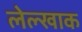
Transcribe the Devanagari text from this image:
लेल्खाक